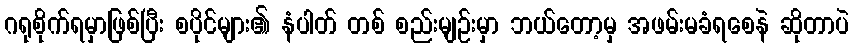
ဂရုစိုက်ရမှာဖြစ်ပြီး စပိုင်များ၏ နံပါတ် တစ် စည်းမျဉ်းမှာ ဘယ်တော့မှ အဖမ်းမခံရစေနဲ ဆိုတာပဲ